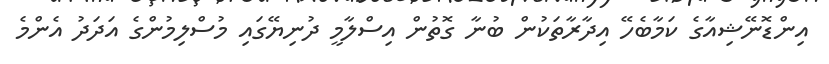
އިންޑޮނޭޝިއާގެ ކަމާބެހޭ އިދާރާތަކުން ބުނާ ގޮތުން އިސްލާމީ ދުނިޔޭގައި މުސްލިމުންގެ އަދަދު އެންމެ